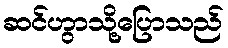
ဆင်ဟွာသို့ပြောသည်